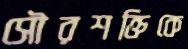
সৌরশক্তিকে